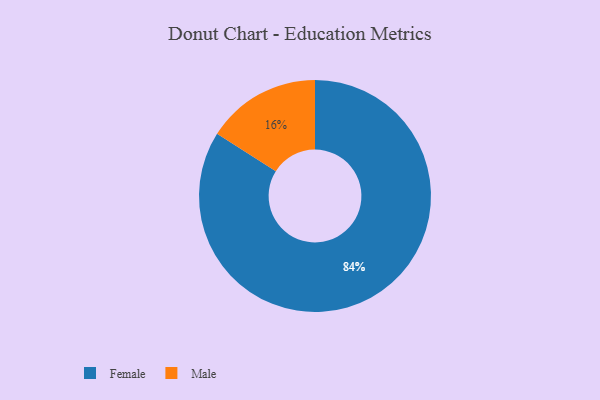
{"axis": {"x": "Category", "y": "Percentage"}, "legend": ["Female", "Male"], "data": [{"x": "Male", "y": 16, "type": "Male"}, {"x": "Female", "y": 84, "type": "Female"}]}